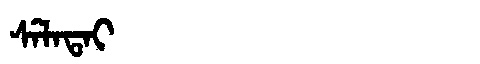
Manchu: ᠰᡝᠯᠠᡨᠠᡳ
Romanization: SELATAI